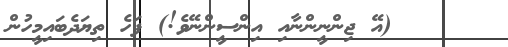
٤٧     (އޭ ޖިންނީންނާއި އިންސީންނޭވެ!) ފަހެ ތިޔަދެބައިމީހުން